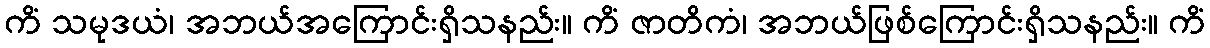
ကိံ သမုဒယံ၊ အဘယ်အကြောင်းရှိသနည်း။ ကိံ ဇာတိကံ၊ အဘယ်ဖြစ်ကြောင်းရှိသနည်း။ ကိံ